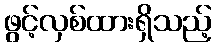
ဖွင့်လှစ်ထားရှိသည့်